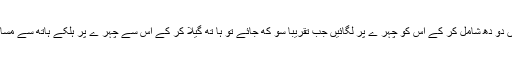
اب ان میں دو دھ شامل کر کے اس کو چہر ے پر لگائیں جب تقریباً سو کھ جائے تو ہا تھ گیلا کر کے اس سے چہر ے پر ہلکے ہاتھ سے مساج کر یں۔